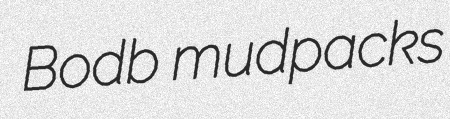
Bodb mudpacks